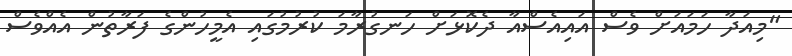
"މިއަދާ ހަމައަށް ވެސް އައިއެސްއާ ދެކޮޅަށް ހަނގުރާމަ ކުރުމުގައި އެމީހުންގެ ފަރާތުން އެއްވެސް